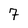
Character: 7